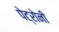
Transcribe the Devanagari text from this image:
पेट्रोनी